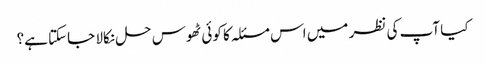
کیا آپ کی نظر میں اس مسئلہ کا کوئی ٹھوس حل نکالا جاسکتا ہے؟